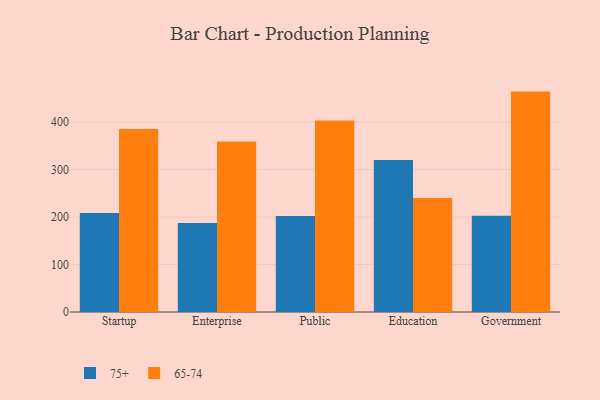
{"axis": {"x": "Segment", "y": "Temperature (°C)"}, "legend": ["65-74", "75+"], "data": [{"x": "Startup", "y": 208.2, "type": "75+"}, {"x": "Startup", "y": 385.3, "type": "65-74"}, {"x": "Enterprise", "y": 187.3, "type": "75+"}, {"x": "Enterprise", "y": 359.1, "type": "65-74"}, {"x": "Public", "y": 202.1, "type": "75+"}, {"x": "Public", "y": 403.3, "type": "65-74"}, {"x": "Education", "y": 319.9, "type": "75+"}, {"x": "Education", "y": 240.0, "type": "65-74"}, {"x": "Government", "y": 202.7, "type": "75+"}, {"x": "Government", "y": 464.0, "type": "65-74"}]}